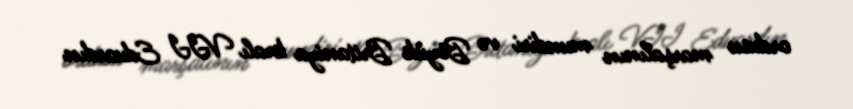
ordusu marşalının mundiri və Böyük Britaniya kralı VII Eduardın